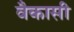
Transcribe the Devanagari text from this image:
वैकासी